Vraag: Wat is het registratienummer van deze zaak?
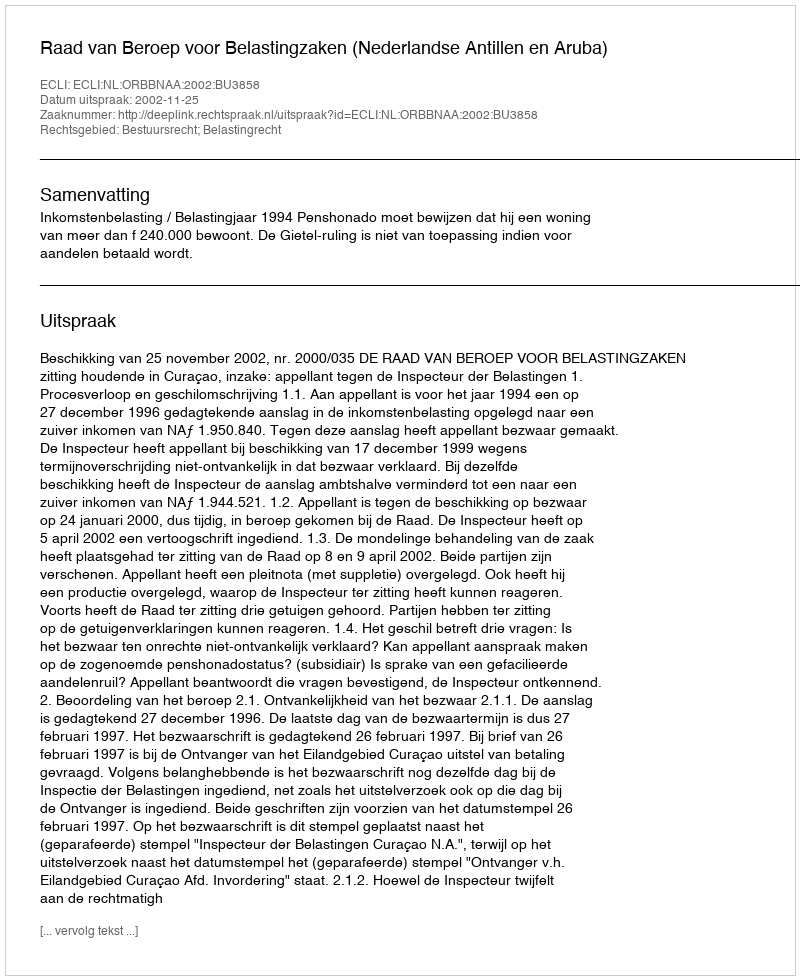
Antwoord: http://deeplink.rechtspraak.nl/uitspraak?id=ECLI:NL:ORBBNAA:2002:BU3858